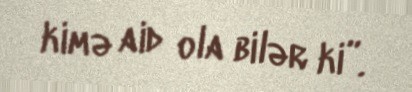
kimə aid ola bilər ki”.